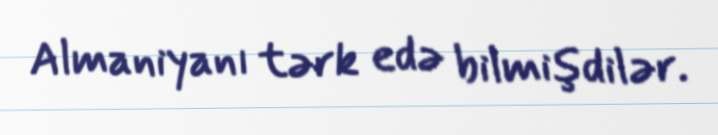
Almaniyanı tərk edə bilmişdilər.